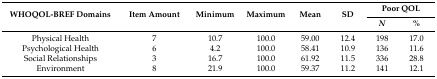
<table><thead><tr><td rowspan="2"><b>WHOQOL-BREF Domains</b></td><td rowspan="2"><b>Item Amount</b></td><td rowspan="2"><b>Minimum</b></td><td rowspan="2"><b>Maximum</b></td><td rowspan="2"><b>Mean</b></td><td rowspan="2"><b>SD</b></td><td colspan="2"><b>Poor QOL</b></td></tr><tr><td><b><i>N</i></b></td><td><b>%</b></td></tr></thead><tbody><tr><td>Physical Health</td><td>7</td><td>10.7</td><td>100.0</td><td>59.00</td><td>12.4</td><td>198</td><td>17.0</td></tr><tr><td>Psychological Health</td><td>6</td><td>4.2</td><td>100.0</td><td>58.41</td><td>10.9</td><td>136</td><td>11.6</td></tr><tr><td>Social Relationships</td><td>3</td><td>16.7</td><td>100.0</td><td>61.92</td><td>11.5</td><td>336</td><td>28.8</td></tr><tr><td>Environment</td><td>8</td><td>21.9</td><td>100.0</td><td>59.37</td><td>11.2</td><td>141</td><td>12.1</td></tr></tbody></table>